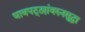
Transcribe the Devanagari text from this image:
धावपट्ट्यांवरुनसुद्धा